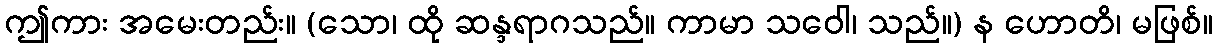
ဤကား အမေးတည်း။ (သော၊ ထို ဆန္ဒရာဂသည်။ ကာမာ သဝေါ၊ သည်။) န ဟောတိ၊ မဖြစ်။